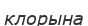
клорына